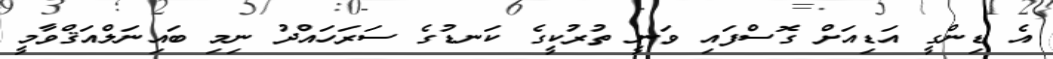
އެ ޑިންގީ އަޑިއަށް ގޮސްފައި ވަނީ ތުރުކީގެ ކަނޑުގެ ސަރަހައްދު ނިމި ބައިނަލްއަޤްވާމީ